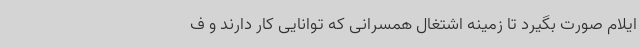
ایلام صورت بگیرد تا زمینه اشتغال همسرانی که توانایی کار دارند و ف